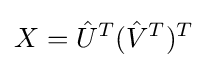
X={\hat {U}}^{T}({\hat {V}}^{T})^{T}